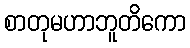
စာတုမဟာဘူတိကော